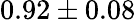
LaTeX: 0.92\pm 0.08